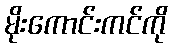
မိုးကောင်းကင်ကို